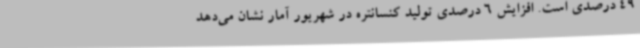
49 درصدی است. افزایش 6 درصدی تولید کنسانتره در شهریور آمار نشان می‌دهد